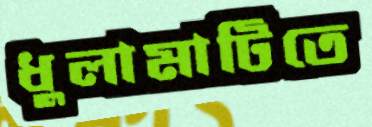
ধুলামাটিতে